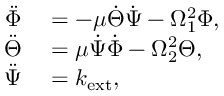
\begin{array} { r l } { \ddot { \Phi } } & { { } = - \mu \dot { \Theta } \dot { \Psi } - \Omega _ { 1 } ^ { 2 } \Phi , } \\ { \ddot { \Theta } } & { { } = \mu \dot { \Psi } \dot { \Phi } - \Omega _ { 2 } ^ { 2 } \Theta , } \\ { \ddot { \Psi } } & { { } = k _ { \mathrm { e x t } } , } \end{array}